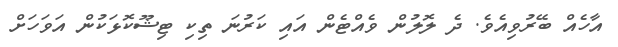
އާހެއް ބޭރުވިއެވެ. ދެ ލޮލުން ވެއްޓެން އައި ކަރުނަ ތިކި ޓިޝޫކޮޅަކުން އަވަހަށް